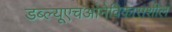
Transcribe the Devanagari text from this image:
डब्‍ल्‍यूएचओनेविकासशील